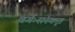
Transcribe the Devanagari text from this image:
वर्गःसंस्कृत